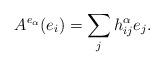
LaTeX: \begin{align*}A^{e_{\alpha}}(e_i)=\sum_j h^{\alpha}_{ij}e_j.\end{align*}